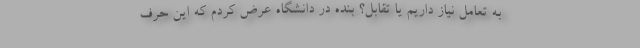
به تعامل نیاز داریم یا تقابل؟ بنده در دانشگاه عرض کردم که این حرف